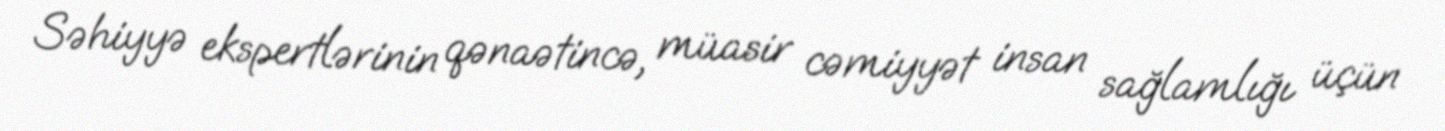
Səhiyyə ekspertlərinin qənaətincə, müasir cəmiyyət insan sağlamlığı üçün